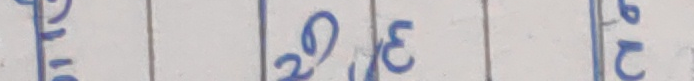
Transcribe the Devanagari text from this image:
टि 20 E टु